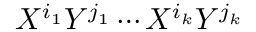
X ^ { i _ { 1 } } Y ^ { j _ { 1 } } \cdots X ^ { i _ { k } } Y ^ { j _ { k } }